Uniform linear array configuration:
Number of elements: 16
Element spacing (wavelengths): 0.75
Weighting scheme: exponential
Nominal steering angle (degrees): -15
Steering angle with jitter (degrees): -16.55
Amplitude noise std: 0.05
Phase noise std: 0.05

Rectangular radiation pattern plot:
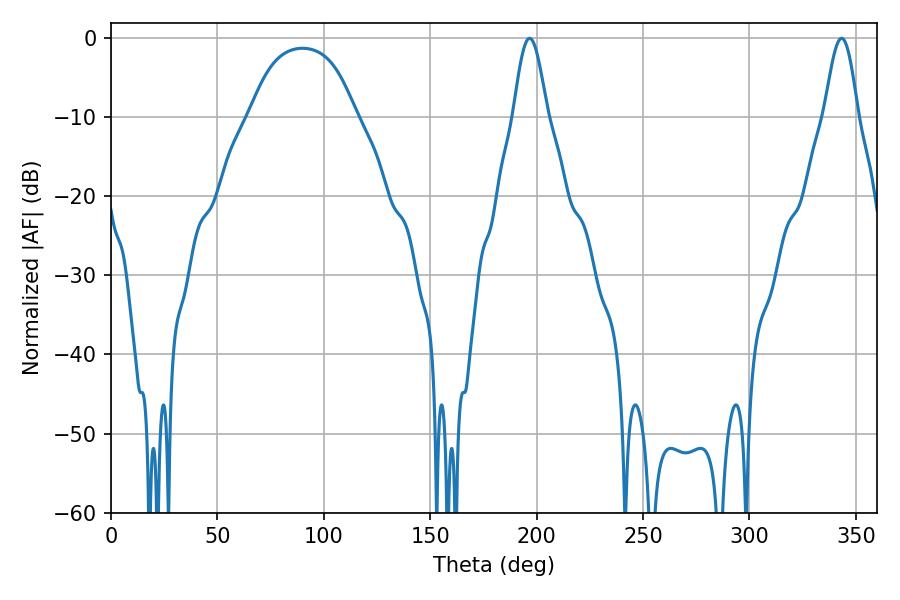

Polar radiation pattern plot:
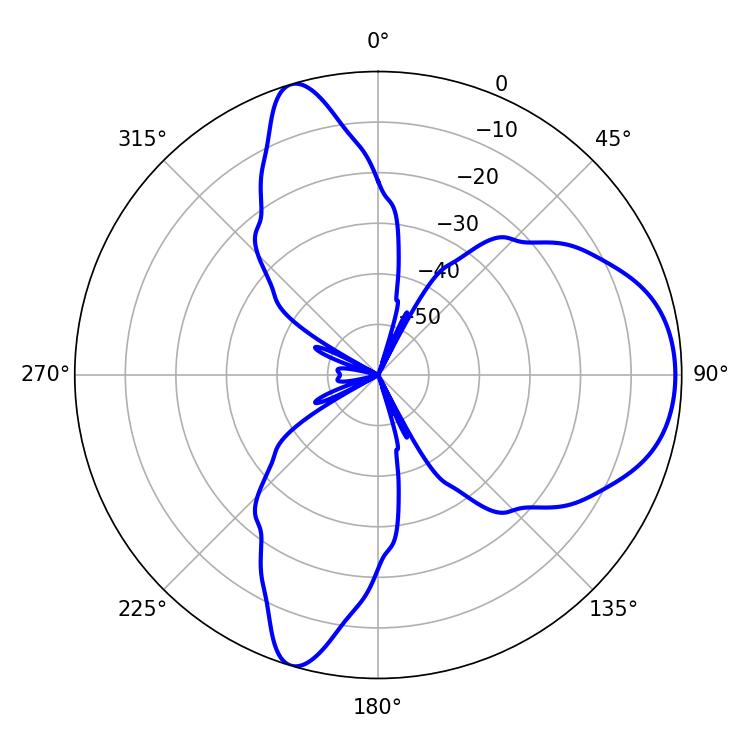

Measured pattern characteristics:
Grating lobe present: TRUE
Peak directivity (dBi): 7.654
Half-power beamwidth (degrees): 8.46
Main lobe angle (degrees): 196.74